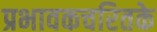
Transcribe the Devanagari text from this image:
प्रभावकचरितके